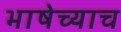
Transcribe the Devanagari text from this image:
भाषेच्याच